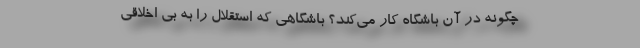
چگونه در آن باشگاه کار می‌کند؟ باشگاهی که استقلال را به بی اخلاقی